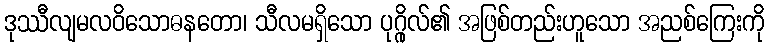
ဒုဿီလျမလဝိသောဓနတော၊ သီလမရှိသော ပုဂ္ဂိုလ်၏ အဖြစ်တည်းဟူသော အညစ်ကြေးကို